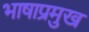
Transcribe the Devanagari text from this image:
भाषाप्रमुख